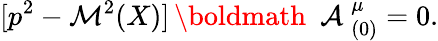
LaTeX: [p^{2}-{\cal M}^{2}(X)]\, \mathrm{\boldmath~{\cal~A}~}_{(0)}^{\mu}=0.